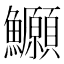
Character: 𫚆